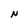
Character: N